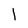
Character: l